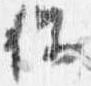
保